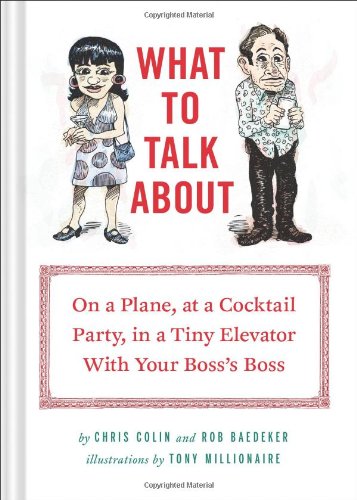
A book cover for What to Talk About: On a Plane, at a Cocktail Party, in a Tiny Elevator with Your Boss's Boss; Chris Colin; Reference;